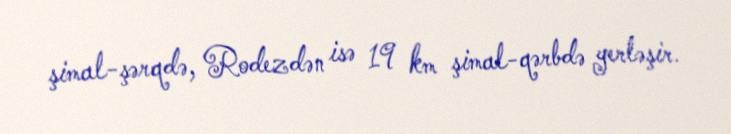
şimal-şərqdə, Rodezdən isə 19 km şimal-qərbdə yerləşir.